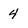
Character: 4